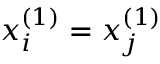
x _ { i } ^ { ( 1 ) } = x _ { j } ^ { ( 1 ) }